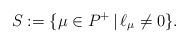
LaTeX: \begin{align*} S:=\{\mu\in P^+\,|\,\ell_\mu\ne0\}.\end{align*}